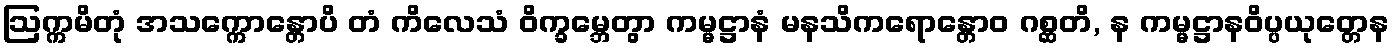
ဩက္ကမိတုံ အသက္ကောန္တောပိ တံ ကိလေသံ ဝိက္ခမ္ဘေတွာ ကမ္မဋ္ဌာနံ မနသိကရောန္တောဝ ဂစ္ဆတိ, န ကမ္မဋ္ဌာနဝိပ္ပယုတ္တေန